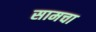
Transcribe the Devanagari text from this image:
सामचा